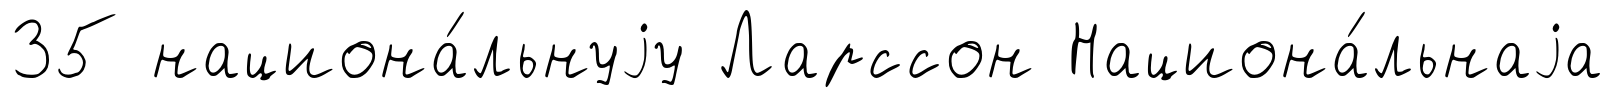
35 национа́льнуjу Ларссон Национа́льнаjа